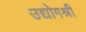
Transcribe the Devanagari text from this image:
उद्योगश्री